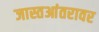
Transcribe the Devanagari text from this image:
जास्तआंतरावर